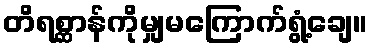
တိရစ္ဆာန်ကိုမျှမကြောက်ရွံ့ချေ။